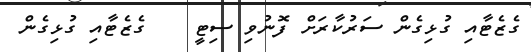
ގެޒެޓާއި ގުޅިގެން ސަރުކާރަށް ފޮނުވި ސިޓީ    ގެޒެޓާއި ގުޅިގެން